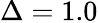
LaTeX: \Delta=1.0